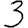
Digit: 3